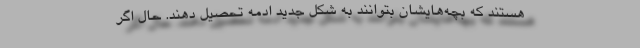
هستند که بچه‌هایشان بتوانند به شکل جدید ادمه تحصیل دهند. حال اگر